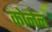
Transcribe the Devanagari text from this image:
कोनेन